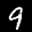
Label: 9